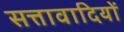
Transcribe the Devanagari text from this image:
सत्तावादियों